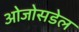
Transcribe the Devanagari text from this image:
ओजोसडेल